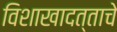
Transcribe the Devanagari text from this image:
विशाखादत्ताचे